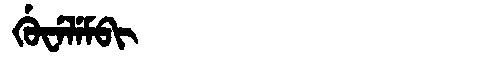
Manchu: ᡤᡠᠸᡝᠯᡝᠮᠪᡳ
Romanization: GUWELEMBI